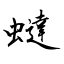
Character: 蟽